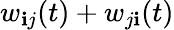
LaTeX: w_{\mathbf{i}j}(t)+w_{j\mathbf{i}}(t)